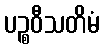
ပဉ္စဝီသတိမံ